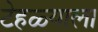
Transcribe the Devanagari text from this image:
टेहळ्याला